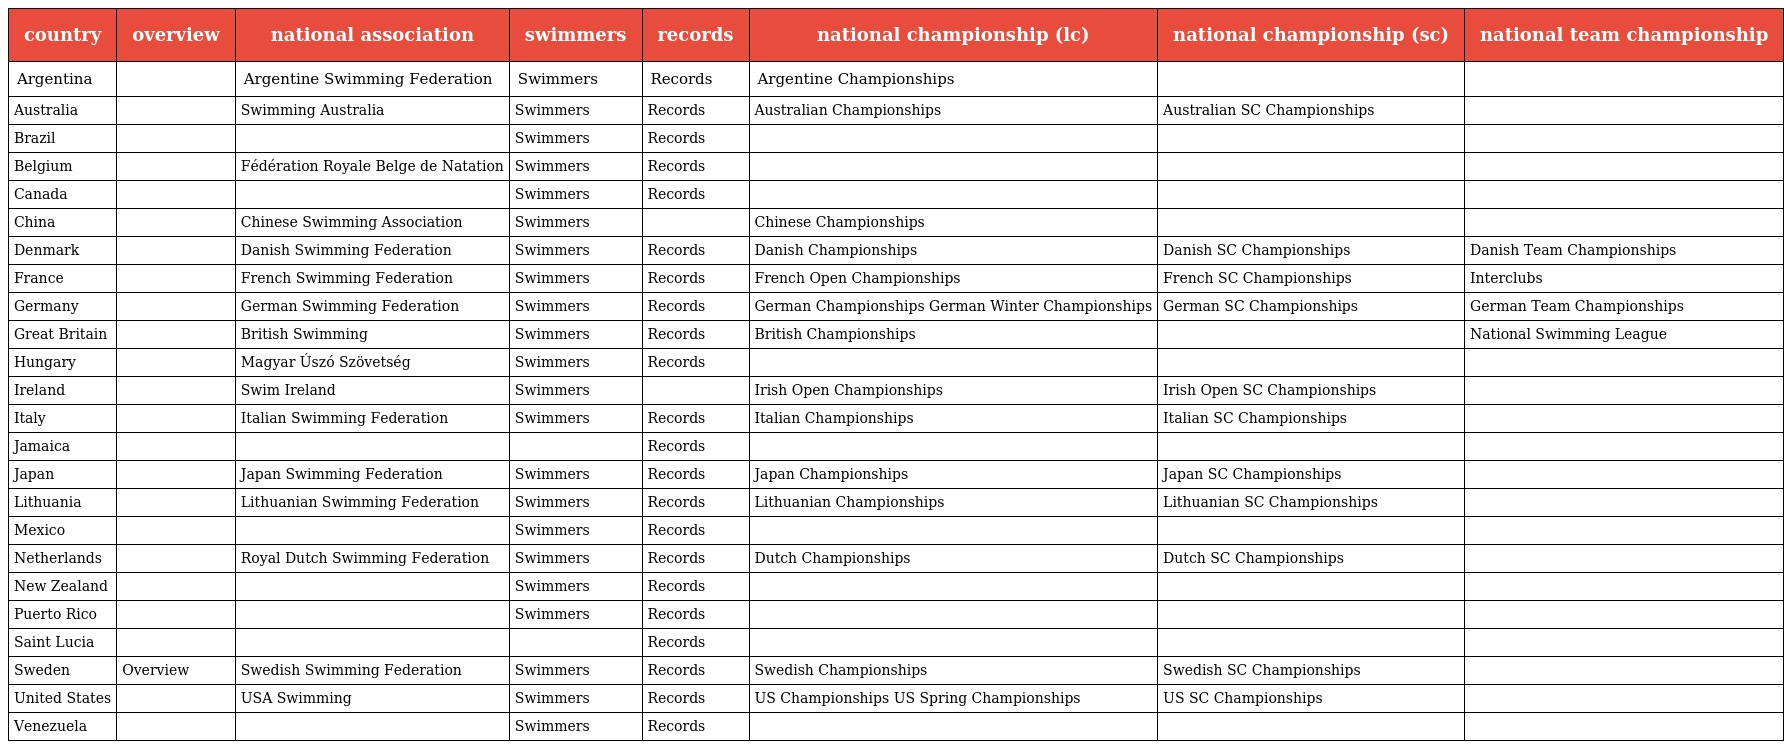
| country | overview | national association | swimmers | records | national championship (lc) | national championship (sc) | national team championship |
 | --- | --- | --- | --- | --- | --- | --- | --- |
 | Argentina |  | Argentine Swimming Federation | Swimmers | Records | Argentine Championships |  |  |
 | Australia |  | Swimming Australia | Swimmers | Records | Australian Championships | Australian SC Championships |  |
 | Brazil |  |  | Swimmers | Records |  |  |  |
 | Belgium |  | Fédération Royale Belge de Natation | Swimmers | Records |  |  |  |
 | Canada |  |  | Swimmers | Records |  |  |  |
 | China |  | Chinese Swimming Association | Swimmers |  | Chinese Championships |  |  |
 | Denmark |  | Danish Swimming Federation | Swimmers | Records | Danish Championships | Danish SC Championships | Danish Team Championships |
 | France |  | French Swimming Federation | Swimmers | Records | French Open Championships | French SC Championships | Interclubs |
 | Germany |  | German Swimming Federation | Swimmers | Records | German Championships German Winter Championships | German SC Championships | German Team Championships |
 | Great Britain |  | British Swimming | Swimmers | Records | British Championships |  | National Swimming League |
 | Hungary |  | Magyar Úszó Szövetség | Swimmers | Records |  |  |  |
 | Ireland |  | Swim Ireland | Swimmers |  | Irish Open Championships | Irish Open SC Championships |  |
 | Italy |  | Italian Swimming Federation | Swimmers | Records | Italian Championships | Italian SC Championships |  |
 | Jamaica |  |  |  | Records |  |  |  |
 | Japan |  | Japan Swimming Federation | Swimmers | Records | Japan Championships | Japan SC Championships |  |
 | Lithuania |  | Lithuanian Swimming Federation | Swimmers | Records | Lithuanian Championships | Lithuanian SC Championships |  |
 | Mexico |  |  | Swimmers | Records |  |  |  |
 | Netherlands |  | Royal Dutch Swimming Federation | Swimmers | Records | Dutch Championships | Dutch SC Championships |  |
 | New Zealand |  |  | Swimmers | Records |  |  |  |
 | Puerto Rico |  |  | Swimmers | Records |  |  |  |
 | Saint Lucia |  |  |  | Records |  |  |  |
 | Sweden | Overview | Swedish Swimming Federation | Swimmers | Records | Swedish Championships | Swedish SC Championships |  |
 | United States |  | USA Swimming | Swimmers | Records | US Championships US Spring Championships | US SC Championships |  |
 | Venezuela |  |  | Swimmers | Records |  |  |  |